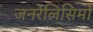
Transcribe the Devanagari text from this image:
जनरेलिसिमो